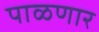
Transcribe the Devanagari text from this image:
पाळणार